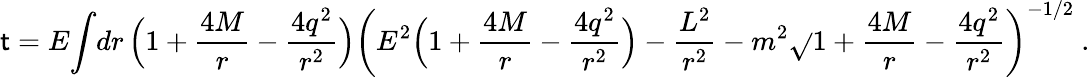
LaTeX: \mathsf{t}=E{\int}{dr\, \Bigl(1+{\frac{{4M}}{{r}}}-{\frac{{4q^{2}}}{{r^{2}}}}\Bigr)\left({E^{2}\Bigl(1+{\frac{{4M}}{{r}}}-{\frac{{4q^{2}}}{{r^{2}}}}\Bigr)-{\frac{{L^{2}}}{{r^{2}}}}-m^{2}\sqrt{}{{1+{\frac{{4M}}{{r}}}-{\frac{{4q^{2}}}{{r^{2}}}}}}}\right)^{-1/2}}\ .